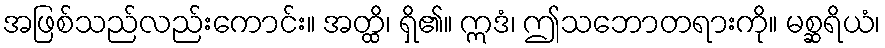
အဖြစ်သည်လည်းကောင်း။ အတ္ထိ၊ ရှိ၏။ ဣဒံ၊ ဤသဘောတရားကို။ မစ္ဆရိယံ၊